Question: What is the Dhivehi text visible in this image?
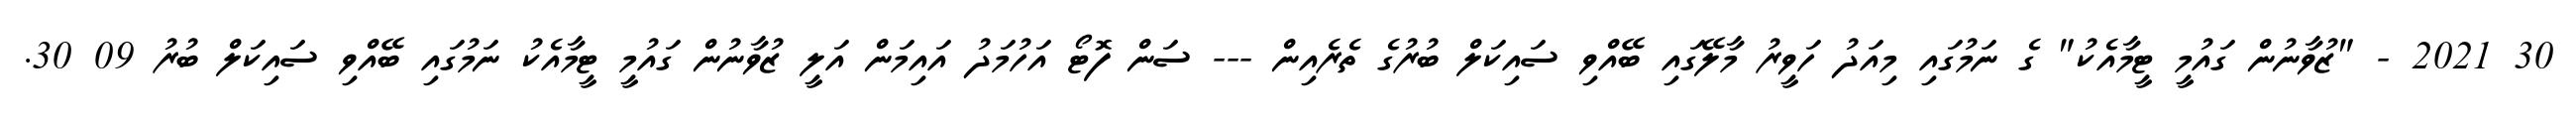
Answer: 30 2021 - "ޒުވާނުން ގައުމީ ޓީމާއެކު" ގެ ނަމުގައި މިއަދު ހަވީރު މާލޭގައި ބޭއްވި ސައިކަލް ބުރުގެ ތެރެއިން --- ސަން ފޮޓޯ އަހުމަދު އައިމަން އަލީ ޒުވާނުން ގައުމީ ޓީމާއެކު ނަމުގައި ބޭއްވި ސައިކަލް ބުރު 09 30.